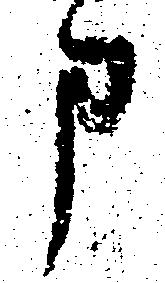
申